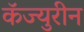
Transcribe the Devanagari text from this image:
कॅज्युरीन